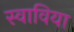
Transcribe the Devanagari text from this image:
स्वाविया